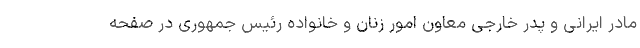
مادر ایرانی و پدر خارجی معاون امور زنان و خانواده رئیس جمهوری در صفحه